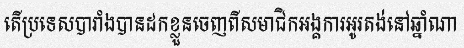
តើប្រទេសបារាំងបានដកខ្លួនចេញពីសមាជិកអង្គការអូរតង់នៅឆ្នាំណា